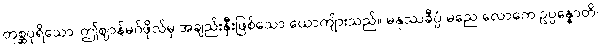
တုစ္ဆပုရိသော၊ ဤဈာန်မဂ်ဖိုလ်မှ အချည်းနှီးဖြစ်သော ယောကျ်ားသည်။ မနုဿခီပ္ပံ မညေ လောကေ ဥပ္ပန္နောတိ၊